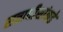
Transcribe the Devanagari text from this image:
सत्ताधीशांकडे